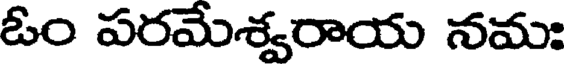
ఓం పరమేశ్వరాయ నమః